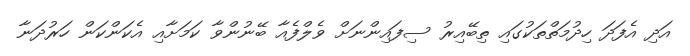
އަދި އެފަދަ ހިދުމަތްތަކުގައި ތިބޭއިރު ސިފައިންނަށް ވެލްފެއާ ބޭނުންވާ ކަމަށާއި އެކަންކަން ހަރުދަނާ